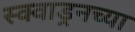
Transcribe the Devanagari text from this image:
स्क्वाड्रनच्या